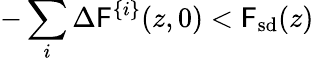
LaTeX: -\sum_{i}\Delta\mathsf{F}^{\{ i\} }(z,0)<\mathsf{F}_{\mathrm{{sd}}}(z)